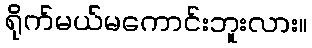
ရိုက်မယ်မကောင်းဘူးလား။